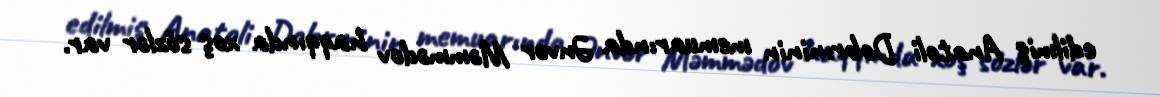
edilmiş Anatoli Dobrıninin memuarında Ənvər Məmmədov haqqında xoş sözlər var.